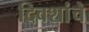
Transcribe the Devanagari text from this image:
दिवशांचे